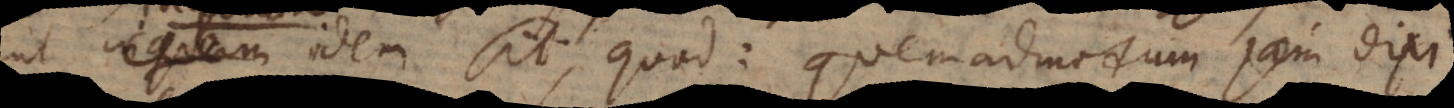
ut inquam idem sit, quod: quemadmodum jam dixi.